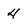
Character: 4